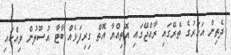
ދެތިން އަހަރުގެ ތެރޭގައި ރާއްޖޭގައި އޮތިއްޔާ އޮތް ގިރިފަޅެއް ބާޓާ އުސޫލުން ވިއްކައި